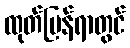
ထုတ်ပြန်ရာတွင်